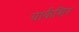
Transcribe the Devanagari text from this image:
यार्कशिर